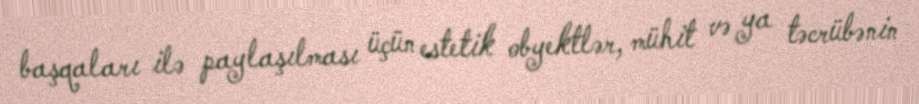
başqaları ilə paylaşılması üçün estetik obyektlər, mühit və ya təcrübənin